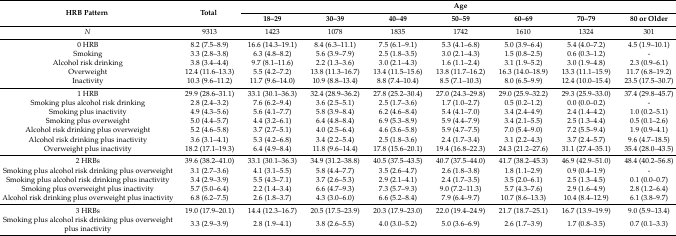
<table><thead><tr><td rowspan="2"><b>HRB Pattern</b></td><td rowspan="2"><b>Total</b></td><td colspan="7"><b>Age</b></td></tr><tr><td><b>18–29</b></td><td><b>30–39</b></td><td><b>40–49</b></td><td><b>50–59</b></td><td><b>60–69</b></td><td><b>70–79</b></td><td><b>80 or Older</b></td></tr></thead><tbody><tr><td><i>N</i></td><td>9313</td><td>1423</td><td>1078</td><td>1835</td><td>1742</td><td>1610</td><td>1324</td><td>301</td></tr><tr><td>0 HRB</td><td>8.2 (7.5–8.9)</td><td>16.6 (14.3–19.1)</td><td>8.4 (6.3–11.1)</td><td>7.5 (6.1–9.1)</td><td>5.3 (4.1–6.8)</td><td>5.0 (3.9–6.4)</td><td>5.4 (4.0–7.2)</td><td>4.5 (1.9–10.1)</td></tr><tr><td>Smoking</td><td>3.3 (2.8–3.8)</td><td>6.3 (4.8–8.2)</td><td>5.6 (3.9–7.9)</td><td>2.5 (1.8–3.5)</td><td>3.0 (2.1–4.3)</td><td>1.5 (0.8–2.5)</td><td>0.6 (0.3–1.2)</td><td>-</td></tr><tr><td>Alcohol risk drinking</td><td>3.8 (3.4–4.4)</td><td>9.7 (8.1–11.6)</td><td>2.2 (1.3–3.6)</td><td>3.0 (2.1–4.3)</td><td>1.6 (1.1–2.4)</td><td>3.1 (1.9–5.2)</td><td>3.0 (1.9–4.8)</td><td>2.3 (0.9–6.1)</td></tr><tr><td>Overweight</td><td>12.4 (11.6–13.3)</td><td>5.5 (4.2–7.2)</td><td>13.8 (11.3–16.7)</td><td>13.4 (11.5–15.6)</td><td>13.8 (11.7–16.2)</td><td>16.3 (14.0–18.9)</td><td>13.3 (11.1–15.9)</td><td>11.7 (6.8–19.2)</td></tr><tr><td>Inactivity</td><td>10.3 (9.6–11.2)</td><td>11.7 (9.6–14.0)</td><td>10.9 (8.8–13.4)</td><td>8.8 (7.4–10.4)</td><td>8.5 (7.1–10.3)</td><td>8.0 (6.5–9.9)</td><td>12.4 (10.0–15.4)</td><td>23.5 (17.5–30.7)</td></tr><tr><td>1 HRB</td><td>29.9 (28.6–31.1)</td><td>33.1 (30.1–36.3)</td><td>32.4 (28.9–36.2)</td><td>27.8 (25.2–30.4)</td><td>27.0 (24.3–29.8)</td><td>29.0 (25.9–32.2)</td><td>29.3 (25.9–33.0)</td><td>37.4 (29.8–45.7)</td></tr><tr><td>Smoking plus alcohol risk drinking</td><td>2.8 (2.4–3.2)</td><td>7.6 (6.2–9.4)</td><td>3.6 (2.5–5.1)</td><td>2.5 (1.7–3.6)</td><td>1.7 (1.0–2.7)</td><td>0.5 (0.2–1.2)</td><td>0.0 (0.0–0.2)</td><td>-</td></tr><tr><td>Smoking plus inactivity</td><td>4.9 (4.3–5.6)</td><td>5.6 (4.1–7.7)</td><td>5.8 (3.9–8.4)</td><td>6.2 (4.6–8.4)</td><td>5.4 (4.1–7.0)</td><td>3.4 (2.4–4.9)</td><td>2.4 (1.4–4.2)</td><td>1.0 (0.2–5.1)</td></tr><tr><td>Smoking plus overweight</td><td>5.0 (4.4–5.7)</td><td>4.4 (3.2–6.1)</td><td>6.4 (4.8–8.4)</td><td>6.9 (5.3–8.9)</td><td>5.9 (4.4–7.9)</td><td>3.4 (2.1–5.5)</td><td>2.5 (1.3–4.4)</td><td>0.5 (0.1–2.6)</td></tr><tr><td>Alcohol risk drinking plus overweight</td><td>5.2 (4.6–5.8)</td><td>3.7 (2.7–5.1)</td><td>4.0 (2.5–6.4)</td><td>4.6 (3.6–5.8)</td><td>5.9 (4.7–7.5)</td><td>7.0 (5.4–9.0)</td><td>7.2 (5.5–9.4)</td><td>1.9 (0.9–4.1)</td></tr><tr><td>Alcohol risk drinking plus inactivity</td><td>3.6 (3.1–4.1)</td><td>5.3 (4.2–6.8)</td><td>3.4 (2.2–5.4)</td><td>2.5 (1.8–3.6)</td><td>2.4 (1.7–3.4)</td><td>3.1 (2.2–4.3)</td><td>3.7 (2.4–5.7)</td><td>9.6 (4.7–18.5)</td></tr><tr><td>Overweight plus inactivity</td><td>18.2 (17.1–19.3)</td><td>6.4 (4.9–8.4)</td><td>11.8 (9.6–14.4)</td><td>17.8 (15.6–20.1)</td><td>19.4 (16.8–22.3)</td><td>24.3 (21.2–27.6)</td><td>31.1 (27.4–35.1)</td><td>35.4 (28.0–43.5)</td></tr><tr><td>2 HRBs</td><td>39.6 (38.2–41.0)</td><td>33.1 (30.1–36.3)</td><td>34.9 (31.2–38.8)</td><td>40.5 (37.5–43.5)</td><td>40.7 (37.5–44.0)</td><td>41.7 (38.2–45.3)</td><td>46.9 (42.9–51.0)</td><td>48.4 (40.2–56.8)</td></tr><tr><td>Smoking plus alcohol risk drinking plus overweight</td><td>3.1 (2.7–3.6)</td><td>4.1 (3.1–5.5)</td><td>5.8 (4.4–7.7)</td><td>3.5 (2.6–4.7)</td><td>2.6 (1.8–3.8)</td><td>1.8 (1.1–2.9)</td><td>0.9 (0.4–1.9)</td><td>-</td></tr><tr><td>Smoking plus alcohol risk drinking plus inactivity</td><td>3.4 (2.9–3.9)</td><td>5.5 (4.3–7.1)</td><td>3.7 (2.6–5.3)</td><td>2.9 (2.1–4.1)</td><td>2.4 (1.7–3.5)</td><td>3.5 (2.0–6.1)</td><td>2.5 (1.3–4.5)</td><td>0.1 (0.0–0.7)</td></tr><tr><td>Smoking plus overweight plus inactivity</td><td>5.7 (5.0–6.4)</td><td>2.2 (1.4–3.4)</td><td>6.6 (4.7–9.3)</td><td>7.3 (5.7–9.3)</td><td>9.0 (7.2–11.3)</td><td>5.7 (4.3–7.6)</td><td>2.9 (1.6–4.9)</td><td>2.8 (1.2–6.4)</td></tr><tr><td>Alcohol risk drinking plus overweight plus inactivity</td><td>6.8 (6.2–7.5)</td><td>2.6 (1.8–3.7)</td><td>4.3 (3.0–6.0)</td><td>6.6 (5.2–8.4)</td><td>7.9 (6.4–9.7)</td><td>10.7 (8.6–13.3)</td><td>10.4 (8.4–12.9)</td><td>6.1 (3.8–9.7)</td></tr><tr><td>3 HRBs</td><td>19.0 (17.9–20.1)</td><td>14.4 (12.3–16.7)</td><td>20.5 (17.5–23.9)</td><td>20.3 (17.9–23.0)</td><td>22.0 (19.4–24.9)</td><td>21.7 (18.7–25.1)</td><td>16.7 (13.9–19.9)</td><td>9.0 (5.9–13.4)</td></tr><tr><td>Smoking plus alcohol risk drinking plus overweight plus inactivity</td><td>3.3 (2.9–3.9)</td><td>2.8 (1.9–4.1)</td><td>3.8 (2.6–5.5)</td><td>4.0 (3.0–5.2)</td><td>5.0 (3.6–6.9)</td><td>2.6 (1.7–3.9)</td><td>1.7 (0.8–3.5)</td><td>0.7 (0.1–3.3)</td></tr></tbody></table>